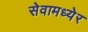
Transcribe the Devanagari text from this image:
सेवामध्येर